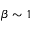
\beta \sim 1